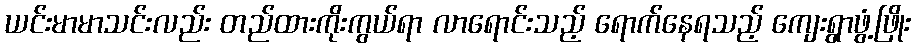
ယင်းမာမာသင်းလည်း တည်ထားကိုးကွယ်ရာ လာရောင်းသည့် ရောက်နေရသည့် ကျေးရွာဖွံ့ဖြိုး